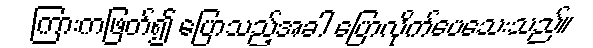
ကြားကဖြတ်၍ ပြောသည့်အခါ ပြောလိုက်ပေသေးသည်။